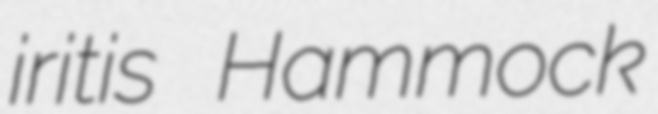
iritis Hammock